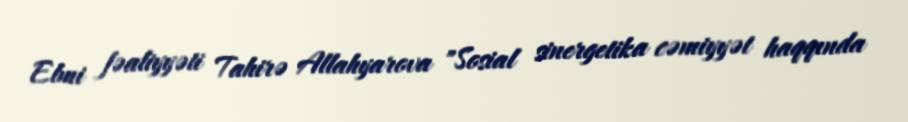
Elmi fəaliyyəti Tahirə Allahyarova "Sosial sinergetika cəmiyyət haqqında